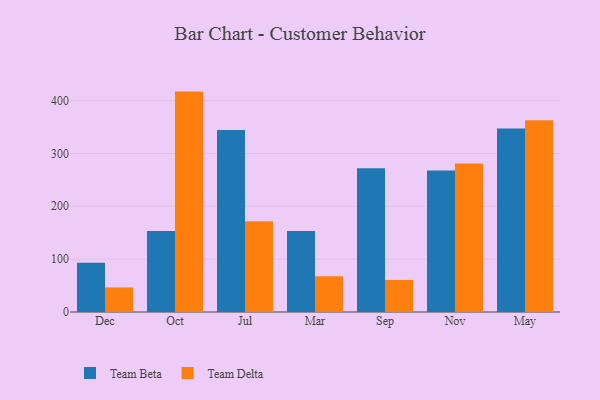
{"axis": {"x": "Month", "y": "Website Visitors"}, "legend": ["Team Beta", "Team Delta"], "data": [{"x": "Dec", "y": 93.1, "type": "Team Beta"}, {"x": "Dec", "y": 46.5, "type": "Team Delta"}, {"x": "Oct", "y": 153.2, "type": "Team Beta"}, {"x": "Oct", "y": 417.0, "type": "Team Delta"}, {"x": "Jul", "y": 344.4, "type": "Team Beta"}, {"x": "Jul", "y": 171.8, "type": "Team Delta"}, {"x": "Mar", "y": 153.2, "type": "Team Beta"}, {"x": "Mar", "y": 67.6, "type": "Team Delta"}, {"x": "Sep", "y": 271.9, "type": "Team Beta"}, {"x": "Sep", "y": 60.7, "type": "Team Delta"}, {"x": "Nov", "y": 267.6, "type": "Team Beta"}, {"x": "Nov", "y": 281.0, "type": "Team Delta"}, {"x": "May", "y": 347.4, "type": "Team Beta"}, {"x": "May", "y": 362.7, "type": "Team Delta"}]}